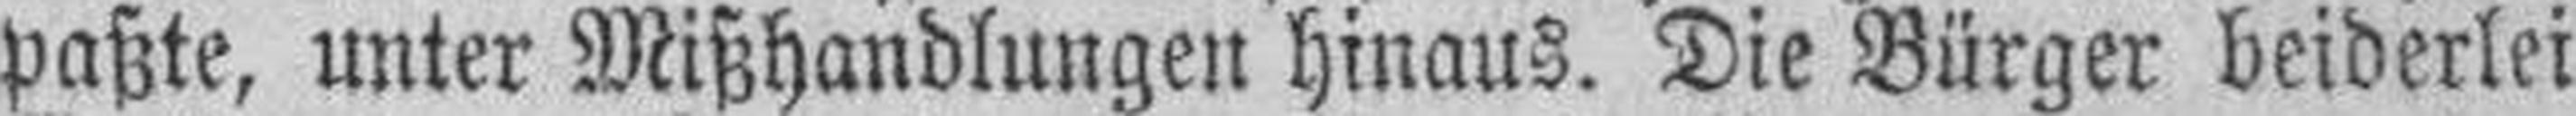
paßte, unter Mißhandlungen hinaus. Die Bürger beiderlei